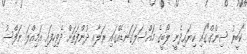
"ކަބީރު ސިންގް"ގައި ކިޔައިދެނީ ލޯބީގެ މައްސަލަގަނޑެއްގައި ރަލާއި ދުންފަތަށް ދެވިހިފައި އަމިއްލަ ނަފްސު